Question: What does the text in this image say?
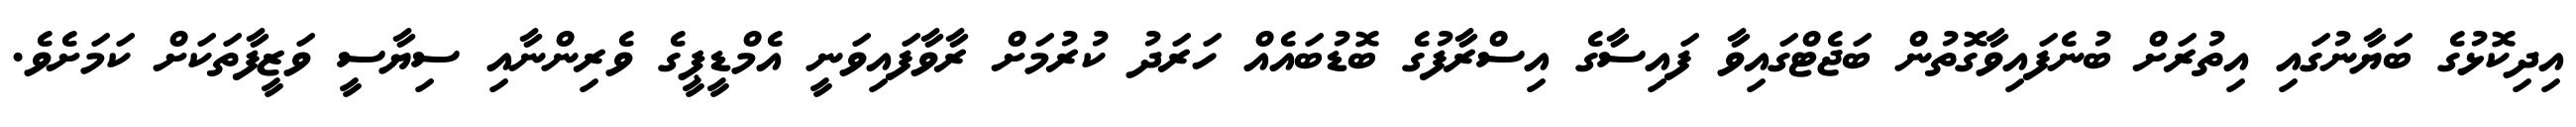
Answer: އިދިކޮޅުގެ ބަޔާނުގައި އިތުރަށް ބުނެފައިވާގޮތުން ބަޖެޓްގައިވާ ފައިސާގެ އިސްރާފުގެ ބޮޑުބައެއް ހަރަދު ކުރުމަށް ރާވާފައިވަނީ އެމްޑީޕީގެ ވެރިންނާއި ސިޔާސީ ވަޒީފާތަކަށް ކަމަށެވެ.